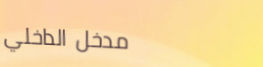
مدخل الداخلي